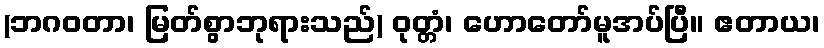
(ဘဂဝတာ၊ မြတ်စွာဘုရားသည်) ဝုတ္တံ၊ ဟောတော်မူအပ်ပြီ။ ဧတာယ၊